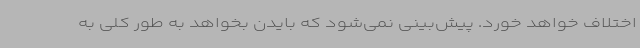
اختلاف خواهد خورد. پیش‌بینی نمی‌شود که بایدن بخواهد به طور کلی به